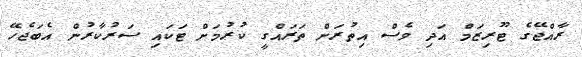
ރާއްޖޭގެ ޓޫރިޒަމް އަދި ވެސް އިތުރަށް ތަރައްގީ ކުރުމަށް ޓަކައި ސަރުކާރުން އެބަޖެހޭ